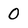
Character: 0